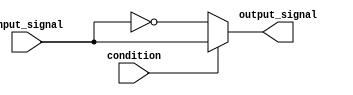
module if_else_statement (
    input wire condition,
    input wire input_signal,
    output reg output_signal
);

always @(*)
begin
    if (condition)
    begin
        output_signal <= input_signal;
    end
    else
    begin
        output_signal <= ~input_signal;
    end
end

endmodule